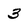
Character: 3